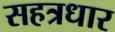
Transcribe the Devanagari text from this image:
सहत्रधार